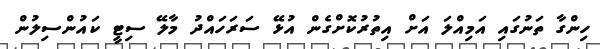
ހިންގާ ތަނުގައި އަމިއްލަ އަށް އިތުރުކޮށްގެން އުޅޭ ސަރަހައްދު މާލޭ ސިޓީ ކައުންސިލުން